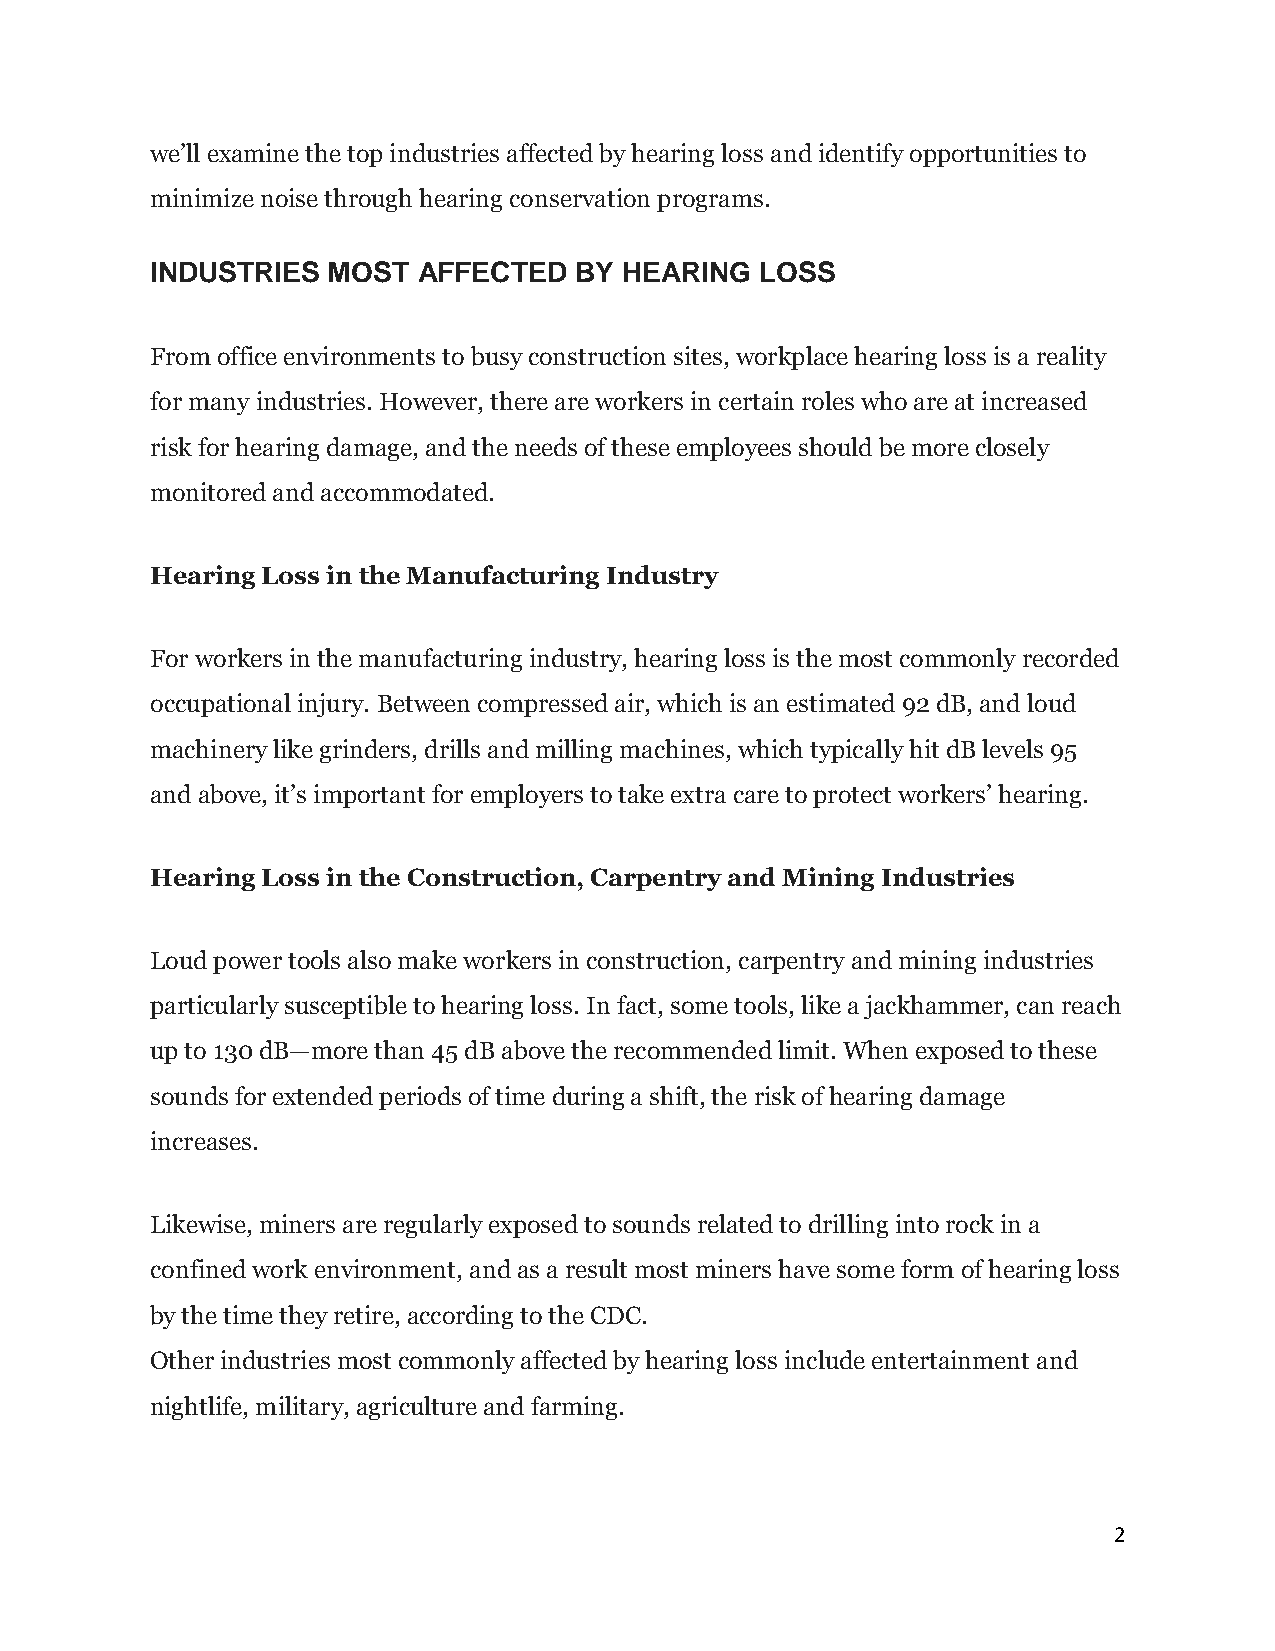
we’ll examine the top industries affected by hearing loss and identify opportunities to
 minimize noise through hearing conservation programs.
 INDUSTRIES  MOST  AFFECTED  BY HEARING  LOSS
 From office environments to busy construction sites, workplace hearing loss is a reality
 for many industries. However, there are workers in certain roles who are at increased
 risk for hearing damage, and the needs of these employees should be more closely
 monitored and accommodated.
 Hearing Loss in the Manufacturing Industry
 For workers in the manufacturing industry, hearing loss is the most commonly recorded
 occupational injury. Between compressed air, which is an estimated 92 dB, and loud
 machinery like grinders, drills and milling machines, which typically hit dB levels 95
 and above, it’s important for employers to take extra care to protect workers’ hearing.
 Hearing Loss in the Construction, Carpentry and Mining Industries
 Loud power tools also make workers in construction, carpentry and mining industries
 particularly susceptible to hearing loss. In fact, some tools, like a jackhammer, can reach
 up to 130 dB—more than 45 dB above the recommended limit. When exposed to these
 sounds for extended periods of time during a shift, the risk of hearing damage
 increases.
 Likewise, miners are regularly exposed to sounds related to drilling into rock in a
 confined work environment, and as a result most miners have some form of hearing loss
 by the time they retire, according to the CDC.
 Other industries most commonly affected by hearing loss include entertainment and
 nightlife, military, agriculture and farming.
 2